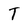
Character: T